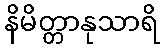
နိမိတ္တာနုသာရိ